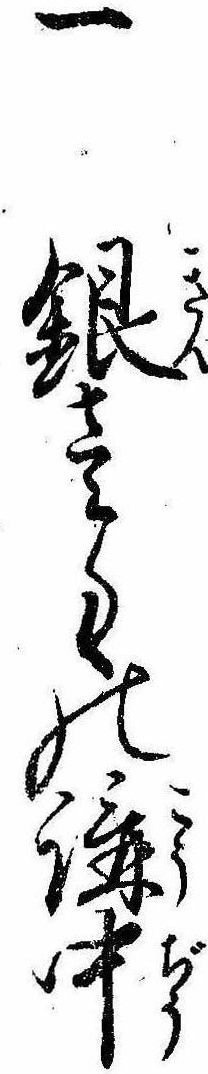
一銀壱匁の講中